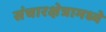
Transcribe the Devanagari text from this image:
संचारक्षेत्रामध्ये